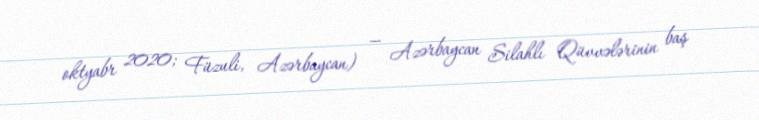
oktyabr 2020; Füzuli, Azərbaycan) — Azərbaycan Silahlı Qüvvələrinin baş